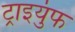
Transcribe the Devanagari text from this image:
ट्राइयुंफ